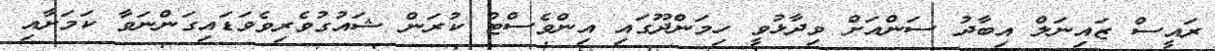
ރައީސް ޒައިނަލް އިބާދު ސަންއަށް ވިދާޅުވީ ހިމަންދޫގައި އިންވެސްޓް ކުރަން ޝައުގުވެރިވެވަޑައިގަންނަވާ ކަމަށާއި